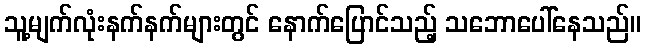
သူ့မျက်လုံးနက်နက်များတွင် နောက်ပြောင်သည့် သဘောပေါ်နေသည်။